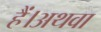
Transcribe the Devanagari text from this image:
हैं।अथवा